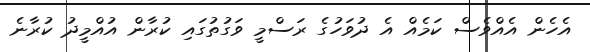
އެހެން އެއްވެސް ކަމެއް އެ ދުވަހުގެ ރަސްމީ ވަގުތުގައި ކުރާން އުއްމީދު ކުރާނެ